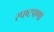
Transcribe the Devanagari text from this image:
स्पष्टपणा